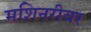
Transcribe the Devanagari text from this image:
मशिनरीवर